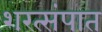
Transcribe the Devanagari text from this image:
शरत्संपात